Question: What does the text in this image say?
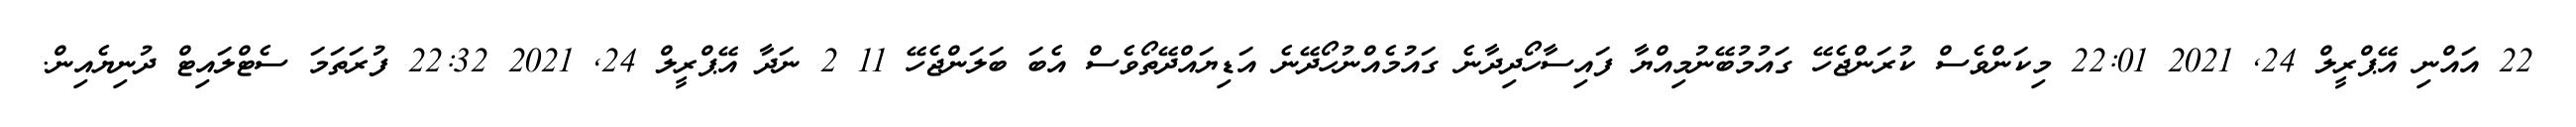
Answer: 22 އައްނި އޭޕްރީލް 24, 2021 22:01 މިކަންވެސް ކުރަންޖެހޭ ގައުމުބޭނުމިއްޔާ ފައިސާހޯދިދާނެ ގައުމެއްނުހޯދޭނެ އަޑިޔައްދޭތޯވެސް އެބަ ބަލަންޖެހޭ 11 2 ނަދާ އޭޕްރީލް 24, 2021 22:32 ފުރަތަމަ ސެޓްލައިޓް ދުނިޔެއިން.